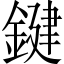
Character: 鍵